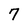
Character: 7